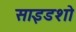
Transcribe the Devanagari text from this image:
साइडशो